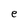
Character: e